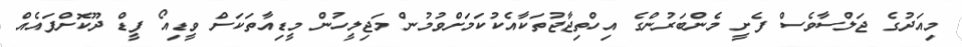
މިއަދުގެ ޖަލްސާވެސް ފެށީ މެންބަރުންގެ އިހްތިޖާޖުތަކާއެކުކަމަށްވުމުން މަޖިލީހުން މީޑިއާތަކަށް ވީޑިއޯ ފީޑް ދޫކޮށްފައެއް